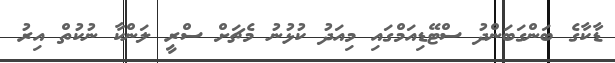
ޑާކާގެ ބަންގަބަންދު ސްޓޭޑިއަމްގައި މިއަދު ކުޅުނު މެޗަށް ސްރީ ލަންކާ ނުކުތް އިރު